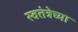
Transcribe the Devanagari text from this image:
स्वतंत्रेच्या